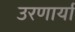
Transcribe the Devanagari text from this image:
उरणार्या